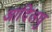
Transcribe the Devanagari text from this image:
आदिलघु